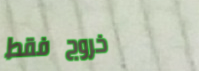
خروج فقط